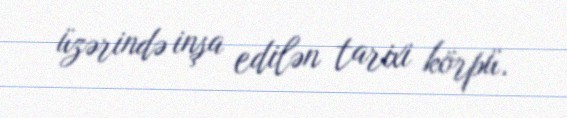
üzərində inşa edilən tarixi körpü.